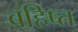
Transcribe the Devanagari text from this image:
बहिष्त